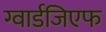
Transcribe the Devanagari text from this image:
ग्वार्डजिएफ